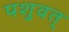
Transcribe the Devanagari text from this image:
पशुवत्